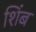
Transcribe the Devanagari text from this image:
शिंब